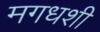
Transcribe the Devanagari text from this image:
मगधशी